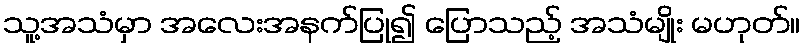
သူ့အသံမှာ အလေးအနက်ပြု၍ ပြောသည့် အသံမျိုး မဟုတ်။